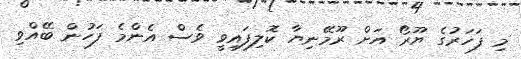
މި ފަހަރުގެ ޔޫރޯ އަށް ރޫމޭނިޔާ ކޮލިފައިވީ ވެސް އެންމެ ފަހުން ބޭއްވި